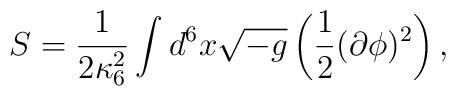
S = \frac{1}{2 \kappa_{6}^{2}} \int d^6x \sqrt{-g} \left ( \frac{1}{2} (\partial \phi)^2 \right ),